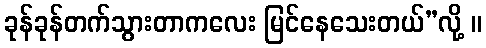
ခုန်ခုန်တက်သွားတာကလေး မြင်နေသေးတယ်”လို့ ။